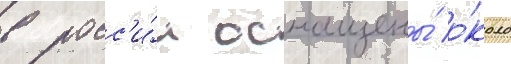
в росс'и́и оснащены́ о́коло